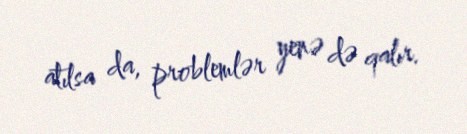
atılsa da, problemlər yenə də qalır.